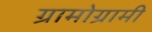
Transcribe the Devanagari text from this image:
ग्रामोग्रामी